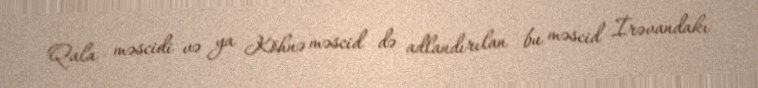
Qala məscidi və ya Köhnə məscid də adlandırılan bu məscid İrəvandakı